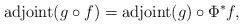
LaTeX: \begin{align*} \operatorname{adjoint}(g\circ f)=\operatorname{adjoint}(g)\circ\Phi^*f, \end{align*}